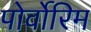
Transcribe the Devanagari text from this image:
पोर्वोरिम